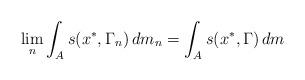
LaTeX: \begin{align*}\lim_n \int_{A} s(x^*, \Gamma_n)\, dm_n = \int_{A}s (x^*, \Gamma)\, dm\end{align*}